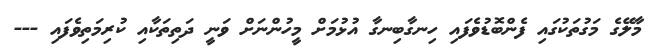
މާލޭގެ މަގުތަކުގައި ފެންބޮޑުވެފައި ހިނގާބިނގާ އުޅުމަށް މީހުންނަށް ވަނީ ދަތިތަކާއި ކުރިމަތިވެފައި ---